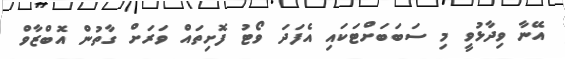
އޭނާ ވިދާޅުވީ މި ސަބަބަށްޓަކައި އެފަދަ ވޯޓު ފޮށިތައް ވަރަށް ގާތުން އޮބްޒާވް